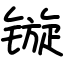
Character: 镟